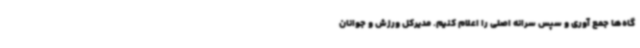
گاه‌ها جمع آوری و سپس سرانه اصلی را اعلام کنیم. مدیرکل ورزش و جوانان